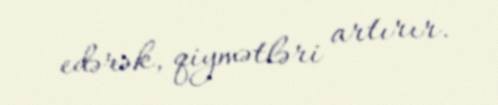
edərək, qiymətləri artırır.